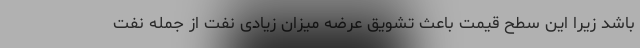
باشد زیرا این سطح قیمت باعث تشویق عرضه میزان زیادی نفت از جمله نفت